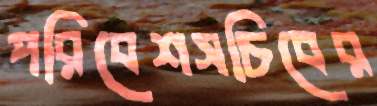
পরিবেশসচিবের